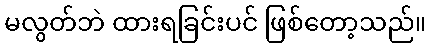
မလွတ်ဘဲ ထားရခြင်းပင် ဖြစ်တော့သည်။